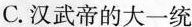
C.汉武帝的大一统